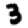
Digit: 3